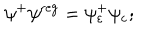
\psi ^ { + } \psi ^ { \mathrm { r e g } } = \psi _ { \varepsilon } ^ { + } \psi _ { \varepsilon } ;